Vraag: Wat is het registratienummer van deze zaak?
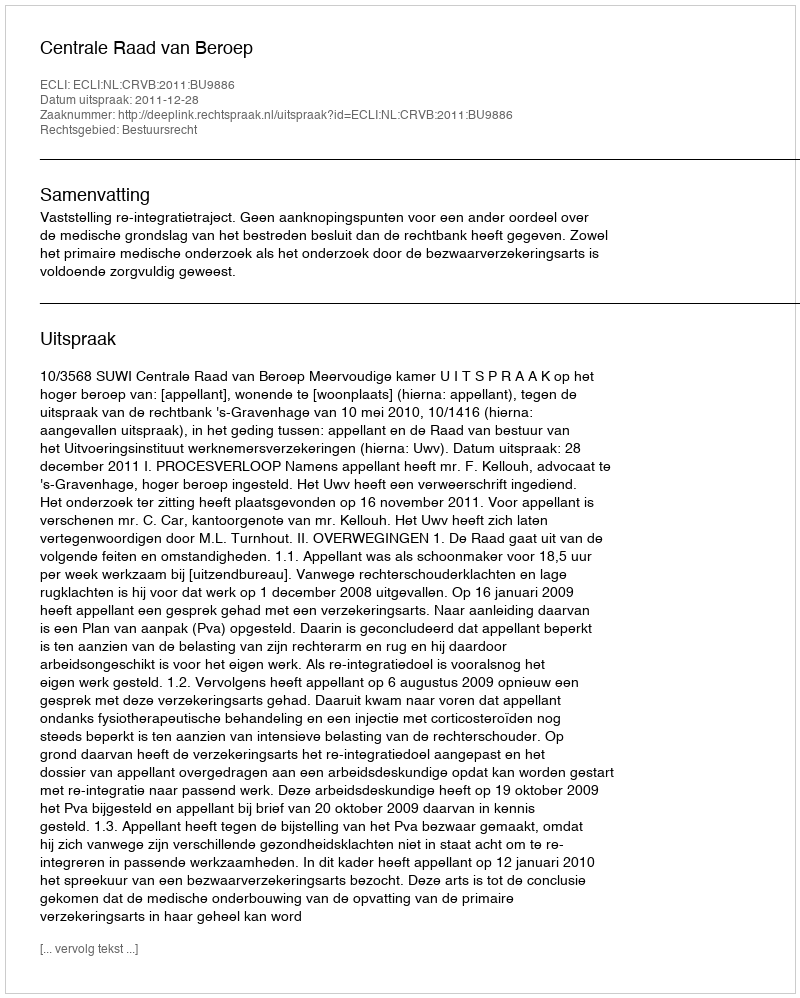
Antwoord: http://deeplink.rechtspraak.nl/uitspraak?id=ECLI:NL:CRVB:2011:BU9886